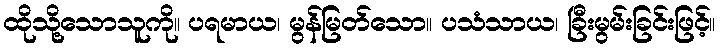
ထိုသို့သောသူကို။ ပရမာယ၊ မွန်မြတ်သော။ ပသံသာယ၊ ခြီးမွမ်းခြင်းဖြင့်။